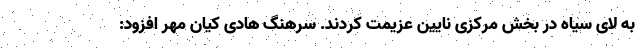
به لای سیاه در بخش مرکزی نایین عزیمت کردند. سرهنگ هادی کیان مهر افزود: